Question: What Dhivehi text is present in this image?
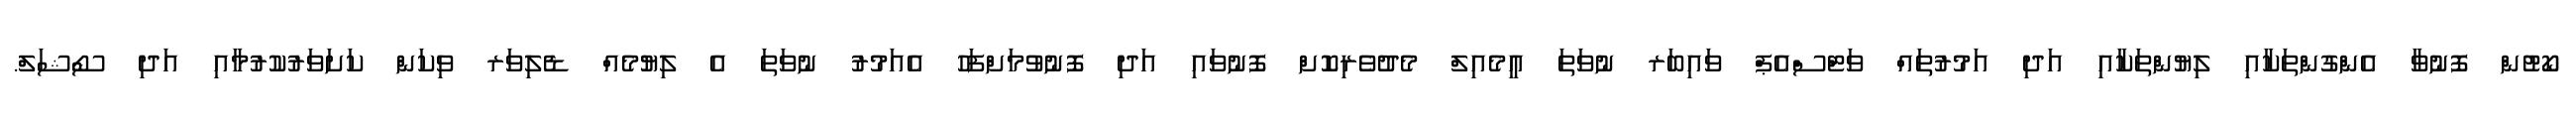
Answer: ކޯޓުން ފޮނުވާ އެންގުންތަކާއި ލިޔުންތަކާއި އަދި އަމުރުތައް ވަޓްސްއެޕް ވައިބަރ ނުވަތަ އީމެއިލް މެދުވެރިކޮށް ފޮނުވައި އަދި ފޮނުވުމަށްފަހު އެއަމުރު ނުވަތަ އެ ލިޔުމެއް ޑެލިވަރ ވިކަން ކަށަވަރުކުރުމާއި އަދި ސޯޝަލް.